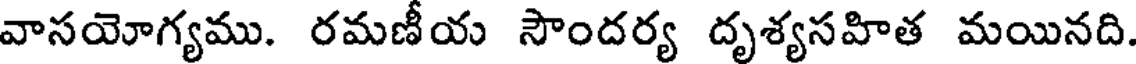
వాసయోగ్యము. రమణీయ సౌందర్య దృశ్యసహిత మయినది